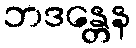
ဘဒန္တေန